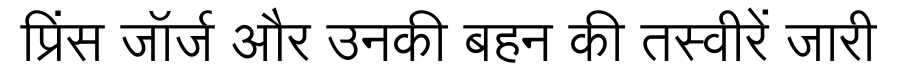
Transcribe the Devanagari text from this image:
प्रिंस जॉर्ज और उनकी बहन की तस्वीरें जारी